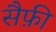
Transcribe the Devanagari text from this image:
सैफ़ी